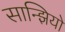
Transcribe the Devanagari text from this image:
सान्झियो